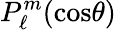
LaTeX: P_{\ell}^{m}(\mathrm{cos}\theta)